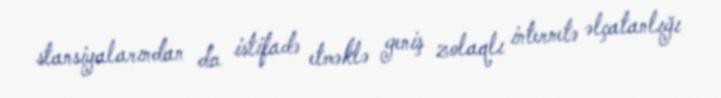
stansiyalarından da istifadə etməklə geniş zolaqlı internetə əlçatanlığı